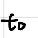
$t_{0}$